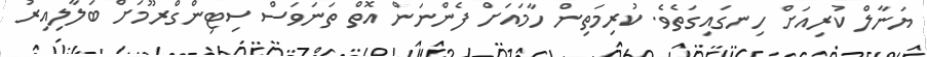
ޔަނާލް ކުރިއަށް ހިނގައިގަތެވެ. ކުރިމަތިން ހާމައަށް ފެންނަން އޮތް ތަނަވަސް ސިޓިންގްރޫމަށް ބަލާލިއިރު